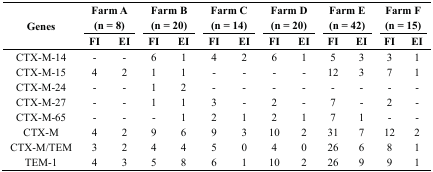
<table><thead><tr><td rowspan="3"><b>Genes</b></td><td colspan="2"><b>Farm A</b></td><td colspan="2"><b>Farm B</b></td><td colspan="2"><b>Farm C</b></td><td colspan="2"><b>Farm D</b></td><td colspan="2"><b>Farm E</b></td><td colspan="2"><b>Farm F</b></td></tr><tr><td colspan="2"><b>(n = 8)</b></td><td colspan="2"><b>(n = 20)</b></td><td colspan="2"><b>(n = 14)</b></td><td colspan="2"><b>(n = 20)</b></td><td colspan="2"><b>(n = 42)</b></td><td colspan="2"><b>(n = 15)</b></td></tr><tr><td><b>FI</b></td><td><b>EI</b></td><td><b>FI</b></td><td><b>EI</b></td><td><b>FI</b></td><td><b>EI</b></td><td><b>FI</b></td><td><b>EI</b></td><td><b>FI</b></td><td><b>EI</b></td><td><b>FI</b></td><td><b>EI</b></td></tr></thead><tbody><tr><td>CTX-M-14</td><td>-</td><td>-</td><td>6</td><td>1</td><td>4</td><td>2</td><td>6</td><td>1</td><td>5</td><td>3</td><td>3</td><td>1</td></tr><tr><td>CTX-M-15</td><td>4</td><td>2</td><td>1</td><td>1</td><td>-</td><td>-</td><td>-</td><td>-</td><td>12</td><td>3</td><td>7</td><td>1</td></tr><tr><td>CTX-M-24</td><td>-</td><td>-</td><td>1</td><td>2</td><td>-</td><td>-</td><td>-</td><td>-</td><td>-</td><td>-</td><td>-</td><td>-</td></tr><tr><td>CTX-M-27</td><td>-</td><td>-</td><td>1</td><td>1</td><td>3</td><td>-</td><td>2</td><td>-</td><td>7</td><td>-</td><td>2</td><td>-</td></tr><tr><td>CTX-M-65</td><td>-</td><td>-</td><td>-</td><td>1</td><td>2</td><td>1</td><td>2</td><td>1</td><td>7</td><td>1</td><td>-</td><td>-</td></tr><tr><td>CTX-M</td><td>4</td><td>2</td><td>9</td><td>6</td><td>9</td><td>3</td><td>10</td><td>2</td><td>31</td><td>7</td><td>12</td><td>2</td></tr><tr><td>CTX-M/TEM</td><td>3</td><td>2</td><td>4</td><td>4</td><td>5</td><td>0</td><td>4</td><td>0</td><td>26</td><td>6</td><td>8</td><td>1</td></tr><tr><td>TEM-1</td><td>4</td><td>3</td><td>5</td><td>8</td><td>6</td><td>1</td><td>10</td><td>2</td><td>26</td><td>9</td><td>9</td><td>1</td></tr></tbody></table>